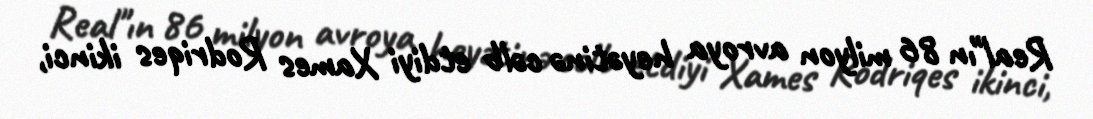
Real"ın 86 milyon avroya heyətinə cəlb etdiyi Xames Rodriqes ikinci,